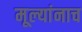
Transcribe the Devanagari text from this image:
मूल्यांनाच